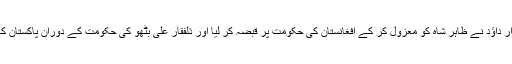
کچھ مدت بعد سردار داؤد نے ظاہر شاہ کو معزول کر کے افغانستان کی حکومت پر قبضہ کر لیا اور ذلفقار علی بٹھو کی حکومت کے دوران پاکستان کا دورہ بھی کیا تھا۔